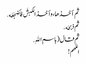
ثم أخذها ، وأخذ الکبشَ فأضجَعَه .
ثم ذبحَه .
ثم قال ( باسمِ اللهِ .
اللهم !